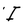
Character: I